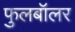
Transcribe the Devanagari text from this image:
फुलबॉलर